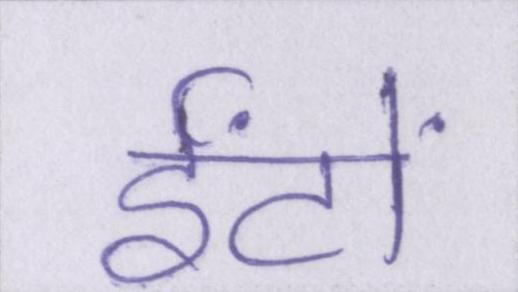
ईंटों